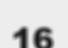
16